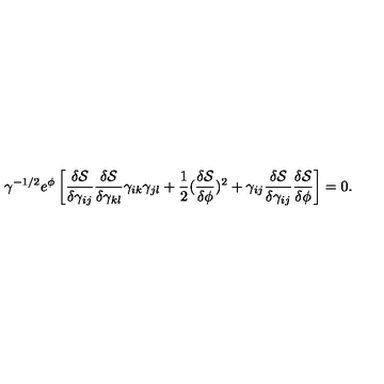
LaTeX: \gamma ^ { - 1 / 2 } e ^ { \phi } \left[ \frac { \delta \mathcal { S } } { \delta \gamma _ { i j } } \frac { \delta \mathcal { S } } { \delta \gamma _ { k l } } \gamma _ { i k } \gamma _ { j l } + \frac { 1 } { 2 } ( \frac { \delta \mathcal { S } } { \delta \phi } ) ^ { 2 } + \gamma _ { i j } \frac { \delta \mathcal { S } } { \delta \gamma _ { i j } } \frac { \delta \mathcal { S } } { \delta \phi } \right] = 0 .